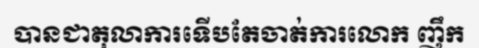
បានជាតុលាការទើបតែចាត់ការលោក ញឹក